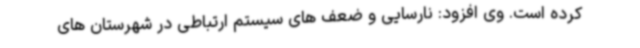
کرده است. وی افزود: نارسایی و ضعف های سیستم ارتباطی در شهرستان های